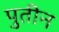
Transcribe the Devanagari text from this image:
पुतीन